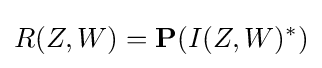
R(Z,W)=\mathbf {P} (I(Z,W)^{*})